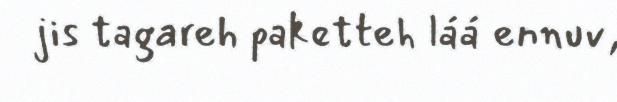
jis tagareh paketteh láá ennuv,